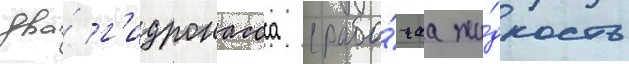
два́ г'идронасоса (рабо́чаа жи́дкость